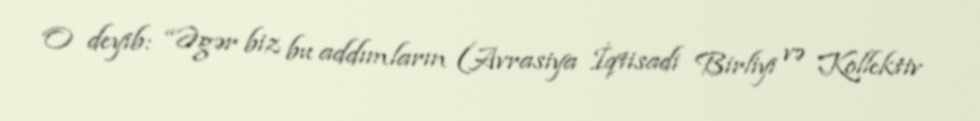
O deyib: “Əgər biz bu addımların (Avrasiya İqtisadi Birliyi və Kollektiv